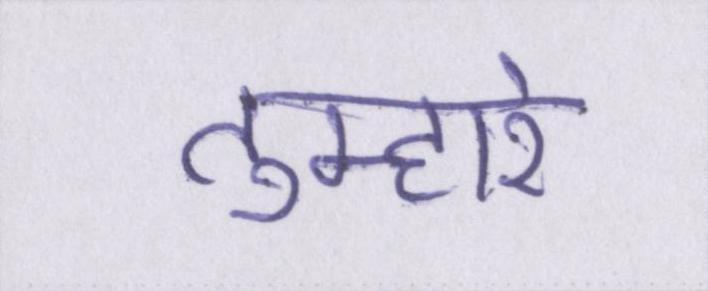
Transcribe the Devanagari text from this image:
तुम्हारे